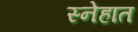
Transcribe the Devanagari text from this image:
स्नेहात